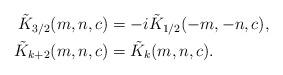
LaTeX: \begin{align*}\tilde{K}_{3/2}(m,n,c) &= -i\tilde{K}_{1/2}(-m,-n,c),\\\tilde{K}_{k+2}(m,n,c) &= \tilde{K}_k(m,n,c).\end{align*}